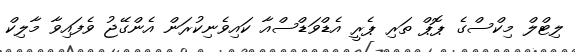
ލިޓްލް މިކްސްގެ ޕޮޕް ތަރި ޕެރީ އެޑްވަޑްސްއާ ކައިވެނިކުރަން އެންގޭޖު ވެފައިވާ މާލިކް